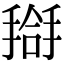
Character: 搿